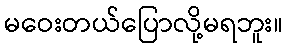
မဝေးတယ်ပြောလို့မရဘူး။